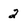
Character: 2